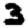
Digit: 3